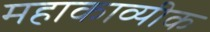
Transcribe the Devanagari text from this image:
महाकाव्यीक